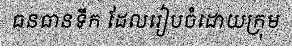
ធនធានទឹក ដែលរៀបចំដោយក្រុម